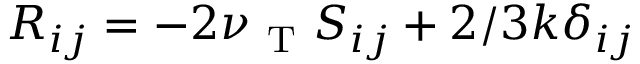
{ R } _ { i j } = - 2 \nu _ { \mathrm { ~ T ~ } } { S } _ { i j } + 2 / 3 k \delta _ { i j }